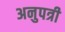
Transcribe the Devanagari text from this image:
अनुपत्री